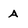
Character: A